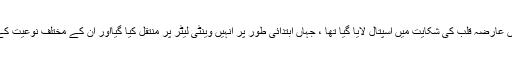
ترجمان نے بتایا کہ انہیں عارضہ قلب کی شکایت میں اسپتال لایا گیا تھا ، جہاں ابتدائی طور پر انہیں وینٹی لیٹر پر منتقل کیا گیااور ان کے مختلف نوعیت کے ٹیسٹ بھی کیے گئے۔